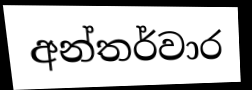
අන්තර්වාර